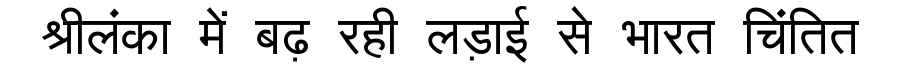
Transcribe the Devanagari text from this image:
श्रीलंका में बढ़ रही लड़ाई से भारत चिंतित